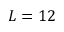
L = 1 2